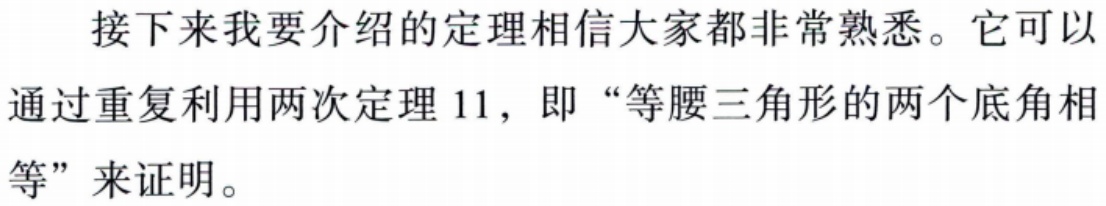
接下来我要介绍的定理相信大家都非常熟悉。它可以通过重复利用两次定理 11，即“等腰三角形的两个底角相等”来证明。